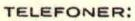
TELEFONER: